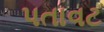
પતાવટ